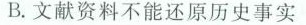
B. 文献资料不能还原历史事实